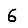
Digit: 6